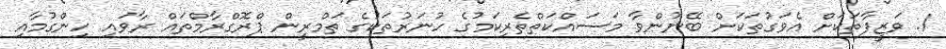
1. ވަޒީފާތަކަށް އެވަގުތަކަށް ބޭނުންވާ މަސައްކަތްތެރިކަމުގެ ހުނަރުތަކުގެ ތަމްރީން ޕްރޮގްރާމްތައް ރާވައި ހިންގުމާއި